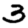
Digit: 3